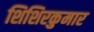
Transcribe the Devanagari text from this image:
शिशिरकुमार